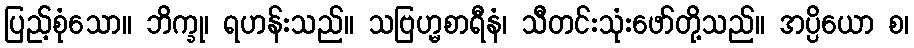
ပြည့်စုံသော။ ဘိက္ခု၊ ရဟန်းသည်။ သဗြဟ္မစာရီနံ၊ သီတင်းသုံးဖော်တို့သည်။ အပ္ပိယော စ၊